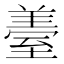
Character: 𦥈